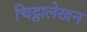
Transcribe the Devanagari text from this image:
चिट्ठालेखन